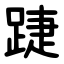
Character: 踕